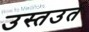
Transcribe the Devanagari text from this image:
उस्तउर्त